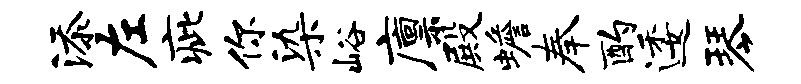
添左疵你染峪廪殿蟾奉酌逶琴